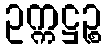
ဥက္ကဋ္ဌဉ္စ